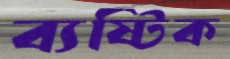
ব্যষ্টিক